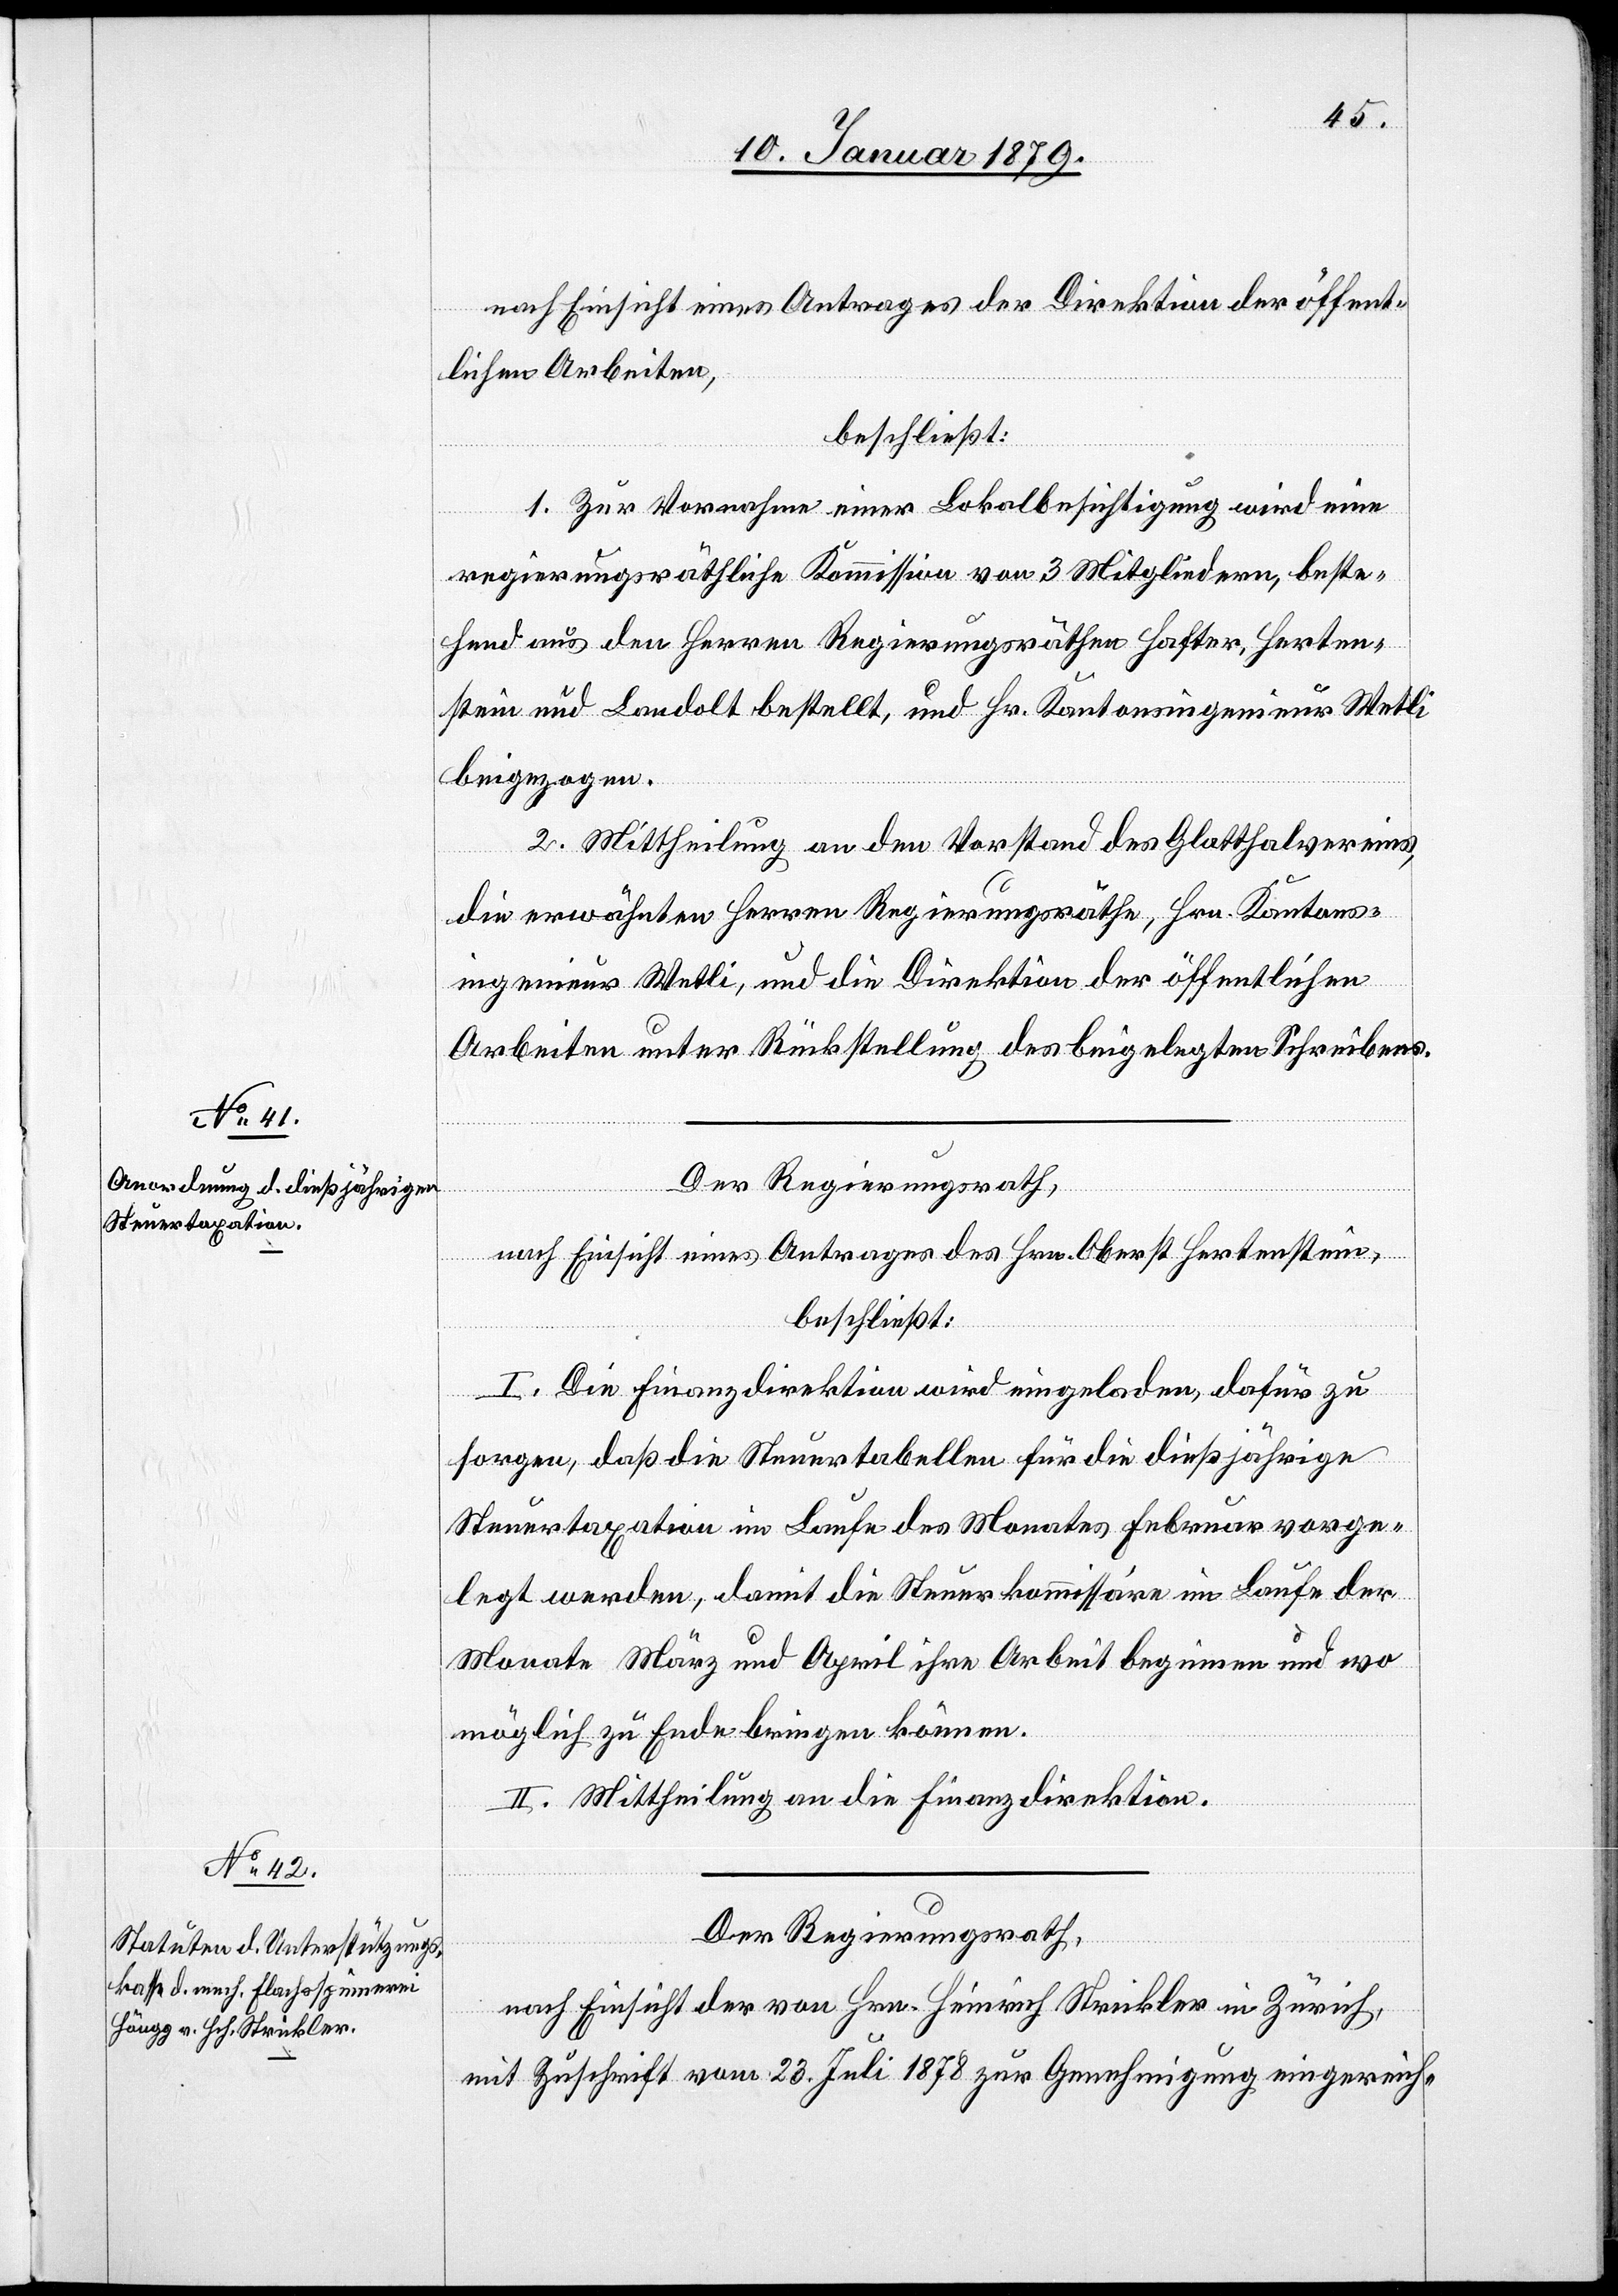
nach Einsicht eines Antrages der Direktion der öffent¬
lichen Arbeiten,
beschließt:
1. Zur Vornahme einer Lokalbesichtigung wird eine
regierungsräthliche Kommission von 3 Mitgliedern, beste¬
hend aus den Herren Regierungsräthen Hafter, Herten¬
stein und Landolt bestellt, und Hr. Kantonsingenieur Wetli
beigezogen.
2. Mittheilung an den Vorstand des Glatthalvereins,
die erwähnten Herren Regierungsräthe, Hrn. Kantons¬
ingenieur Wetli, und die Direktion der öffentlichen
Arbeiten unter Rückstellung des beigelegten Schreibens.
Der Regierungsrath,
nach Einsicht eines Antrages des Hrn. Oberst Hertenstein,
beschließt:
I. Die Finanzdirektion wird eingeladen, dafür zu
sorgen, daß die Steuertabellen für die dießjährige
Steuertaxation im Laufe des Monates Februar vorge¬
legt werden, damit die Steuerkommission im Laufe der
Monate März und April ihre Arbeit beginnen und wo
möglich zu Ende bringen können.
II. Mittheilung an die Finanzdirektion.
Der Regierungsrath,
nach Einsicht der von Hrn. Heinrich Strickler in Zürich,
mit Zuschrift vom 23. Juli 1878 zur Genehmigung eingereich-